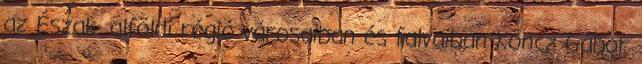
az Észak- alföldi régió városaiban és falvaiban Koncz Gábor